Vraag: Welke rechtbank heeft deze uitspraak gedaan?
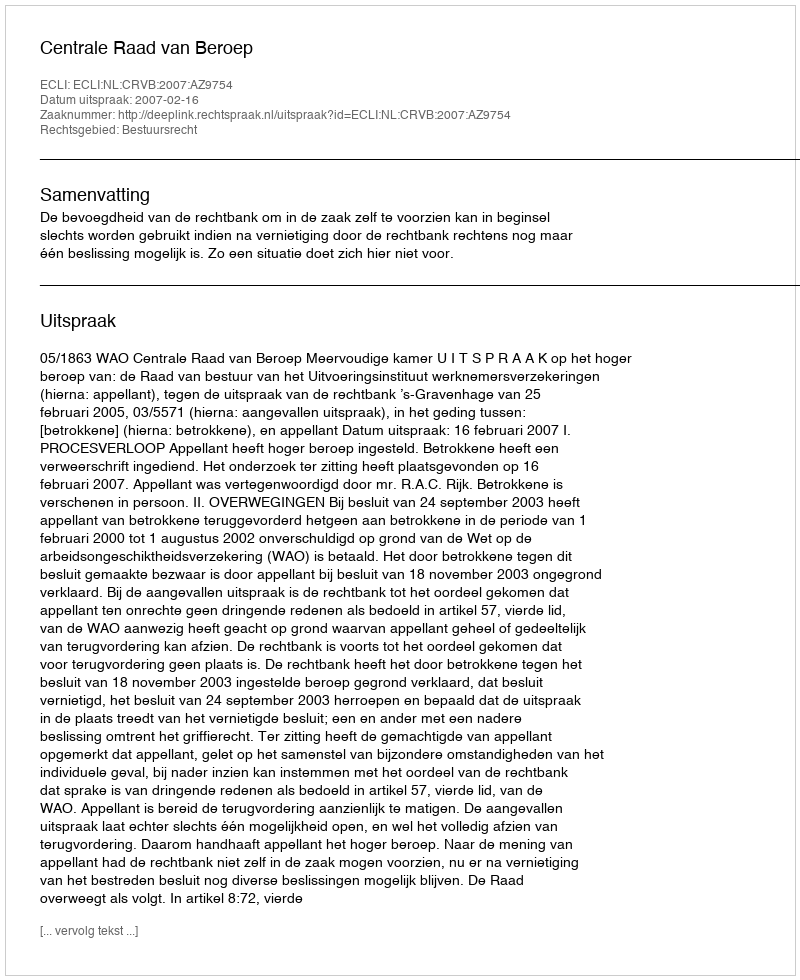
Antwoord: Centrale Raad van Beroep